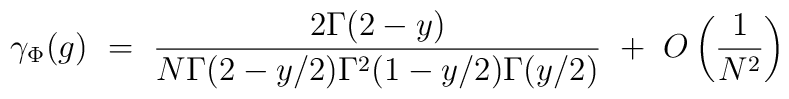
\gamma_{\Phi}(g) ~=~ \frac{2\Gamma(2-y)}{N\Gamma(2-y/2) \Gamma^2(1-y/2) \Gamma(y/2)} ~+~ O\left(\frac{1}{N^2}\right)